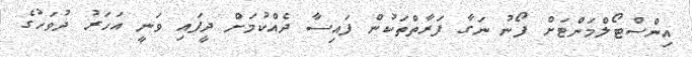
އިންސްޓޯލްމަންޓަށް ފޯނު ނަގާ ފަރާތްތަކުން ފައިސާ ދެއްކުމަށް ދީފައި ވަނީ އަހަރު ދުވަހުގެ